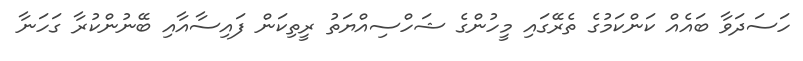
ހަސަދަވާ ބައެއް ކަންކަމުގެ ތެރޭގައި މީހުންގެ ޝަހްސިއްޔަތު ރީތިކަން ފައިސާއާއި ބޭނުންކުރާ ގަހަނާ